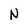
Character: N